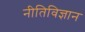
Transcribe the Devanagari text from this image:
नीतिविज्ञान